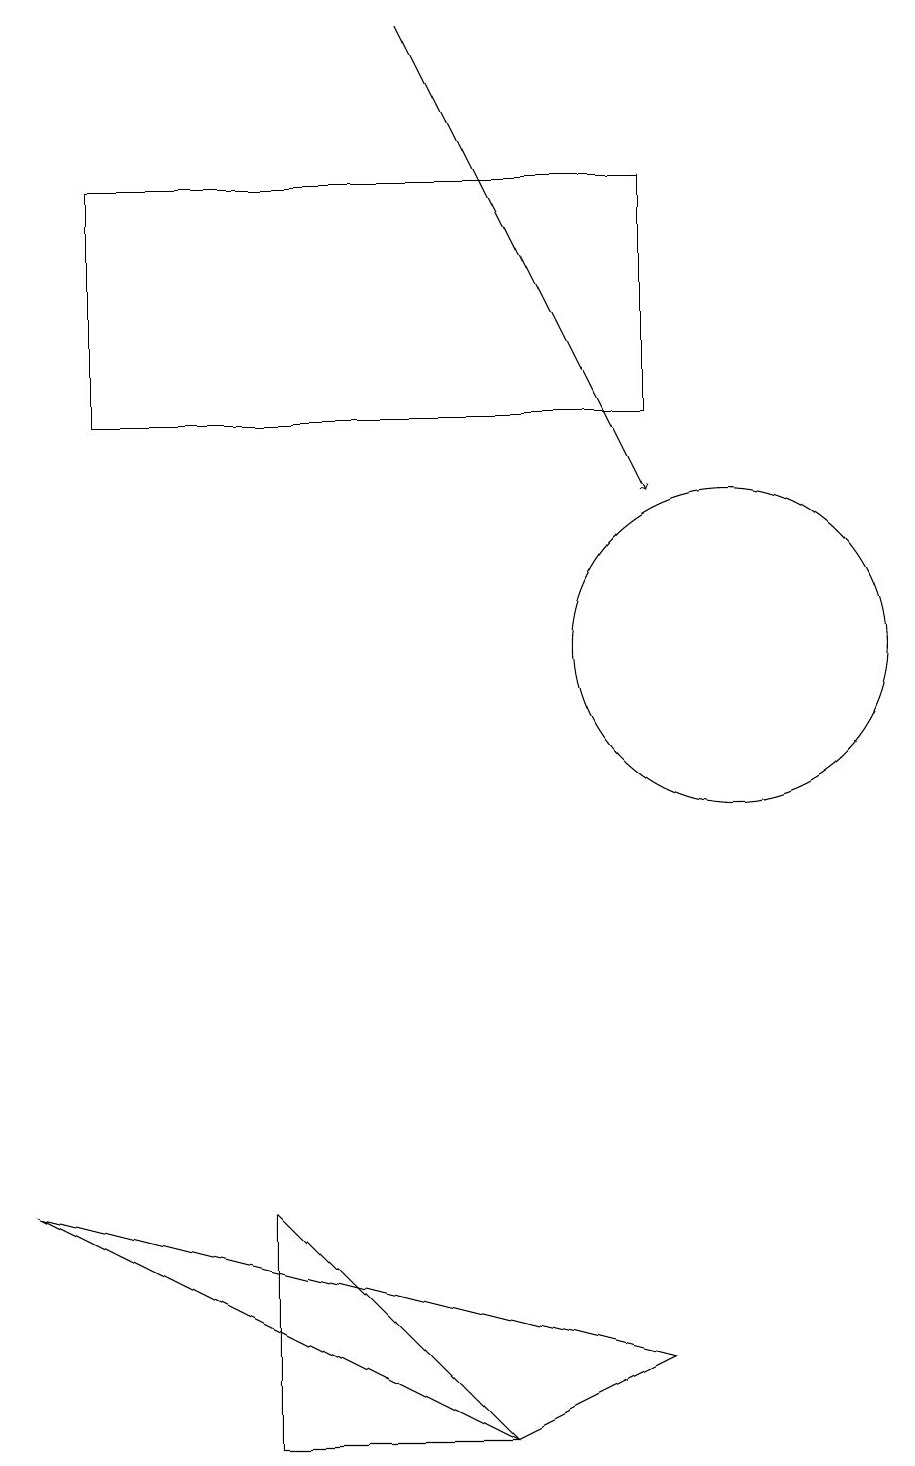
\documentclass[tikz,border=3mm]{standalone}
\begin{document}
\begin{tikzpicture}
\draw (10,10) circle (2);
\draw (9,1) -- (7,0) -- (1,3) -- cycle;
\draw[->] (6,18) -- (9,12);
\draw (2,16) rectangle (9,13);
\draw (7,0) -- (4,0) -- (4,3) -- cycle;
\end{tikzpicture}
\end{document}